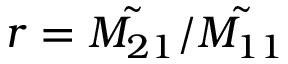
r = \tilde { M _ { 2 1 } } / \tilde { M _ { 1 1 } }